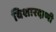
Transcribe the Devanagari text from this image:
विशारदाणी